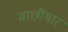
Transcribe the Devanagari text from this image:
माछीमार